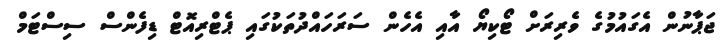
ޖަޕާނުން އެގައުމުގެ ވެރިރަށް ޓޯކިޔޯ އާއި އެހެން ސަރަހައްދުތަކުގައި ޕެޓްރިއޮޓް ޑިފެންސް ސިސްޓަމް